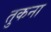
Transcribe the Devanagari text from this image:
तुकना